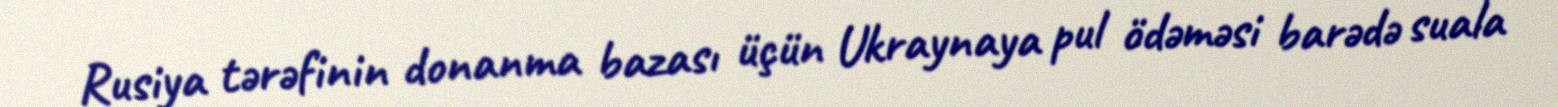
Rusiya tərəfinin donanma bazası üçün Ukraynaya pul ödəməsi barədə suala